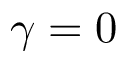
\gamma = 0